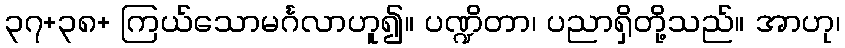
၃၇+၃၈+ ကြယ်သောမင်္ဂလာဟူ၍။ ပဏ္ဍိတာ၊ ပညာရှိတို့သည်။ အာဟု၊